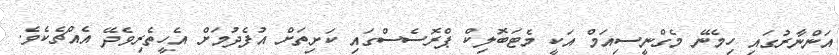
އަންނާރުގައި ހިމެނޭ މެގްނީސިއަމް އަކީ މެޓަބޮލިކް ޕްރޮސެސްގައި ކަށިތަށް އުފެދުމަށް އެހީތެރިވެދޭ އެއްޗެކެވެ.